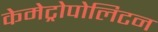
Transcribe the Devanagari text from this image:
केमेट्रोपोलिटन